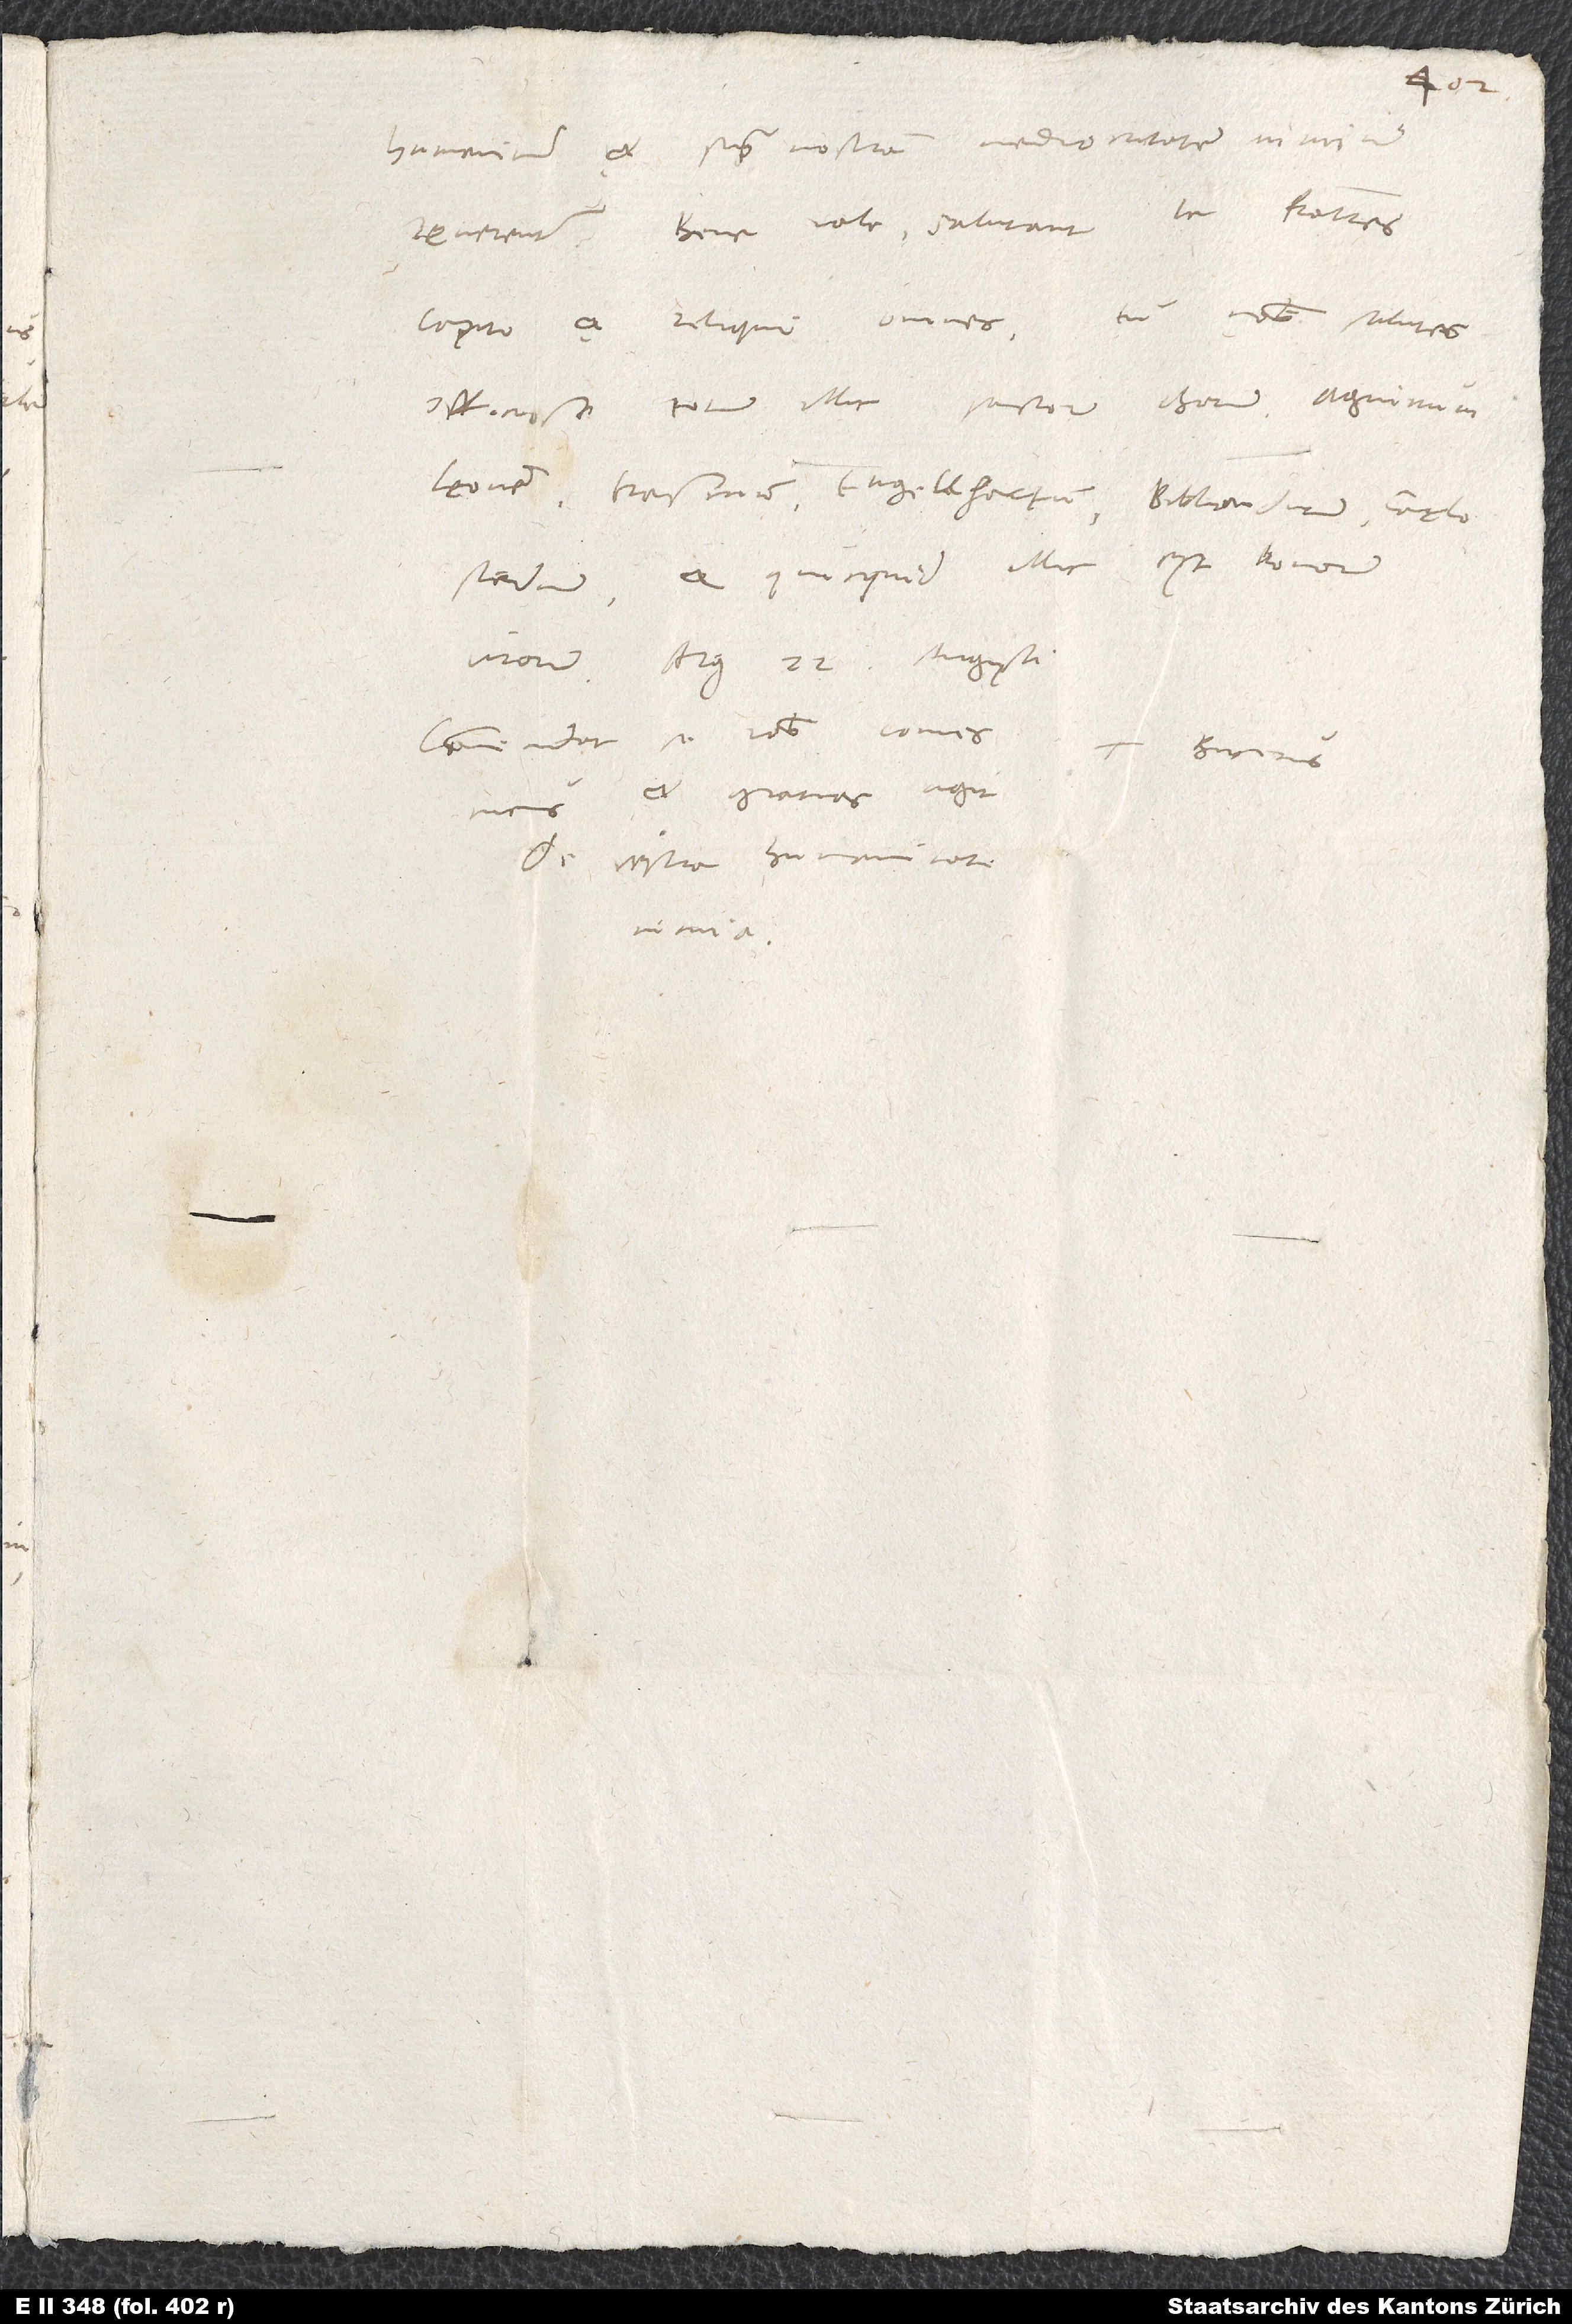
humaniter et supra nostram mediocritatem nimium
Bene vale. Salutant te fratres,
Capito et reliqui omnes. Tu nobis salutes
officiosissime totum illic sanctorum chorum, agninum
Leonem, Erasmum, Engellhartum, Bibliandrum, Carlostadium
et quicquid illic est bonorum
Commendat se vobis comes
Tuus Bucerus.
meus et gratias agit
de vestra humanitate
nimia.